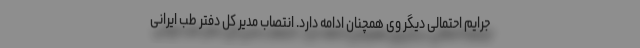
جرایم احتمالی دیگر وی همچنان ادامه دارد. انتصاب مدیر کل دفتر طب ایرانی